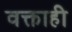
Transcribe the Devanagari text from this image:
वक्ताही